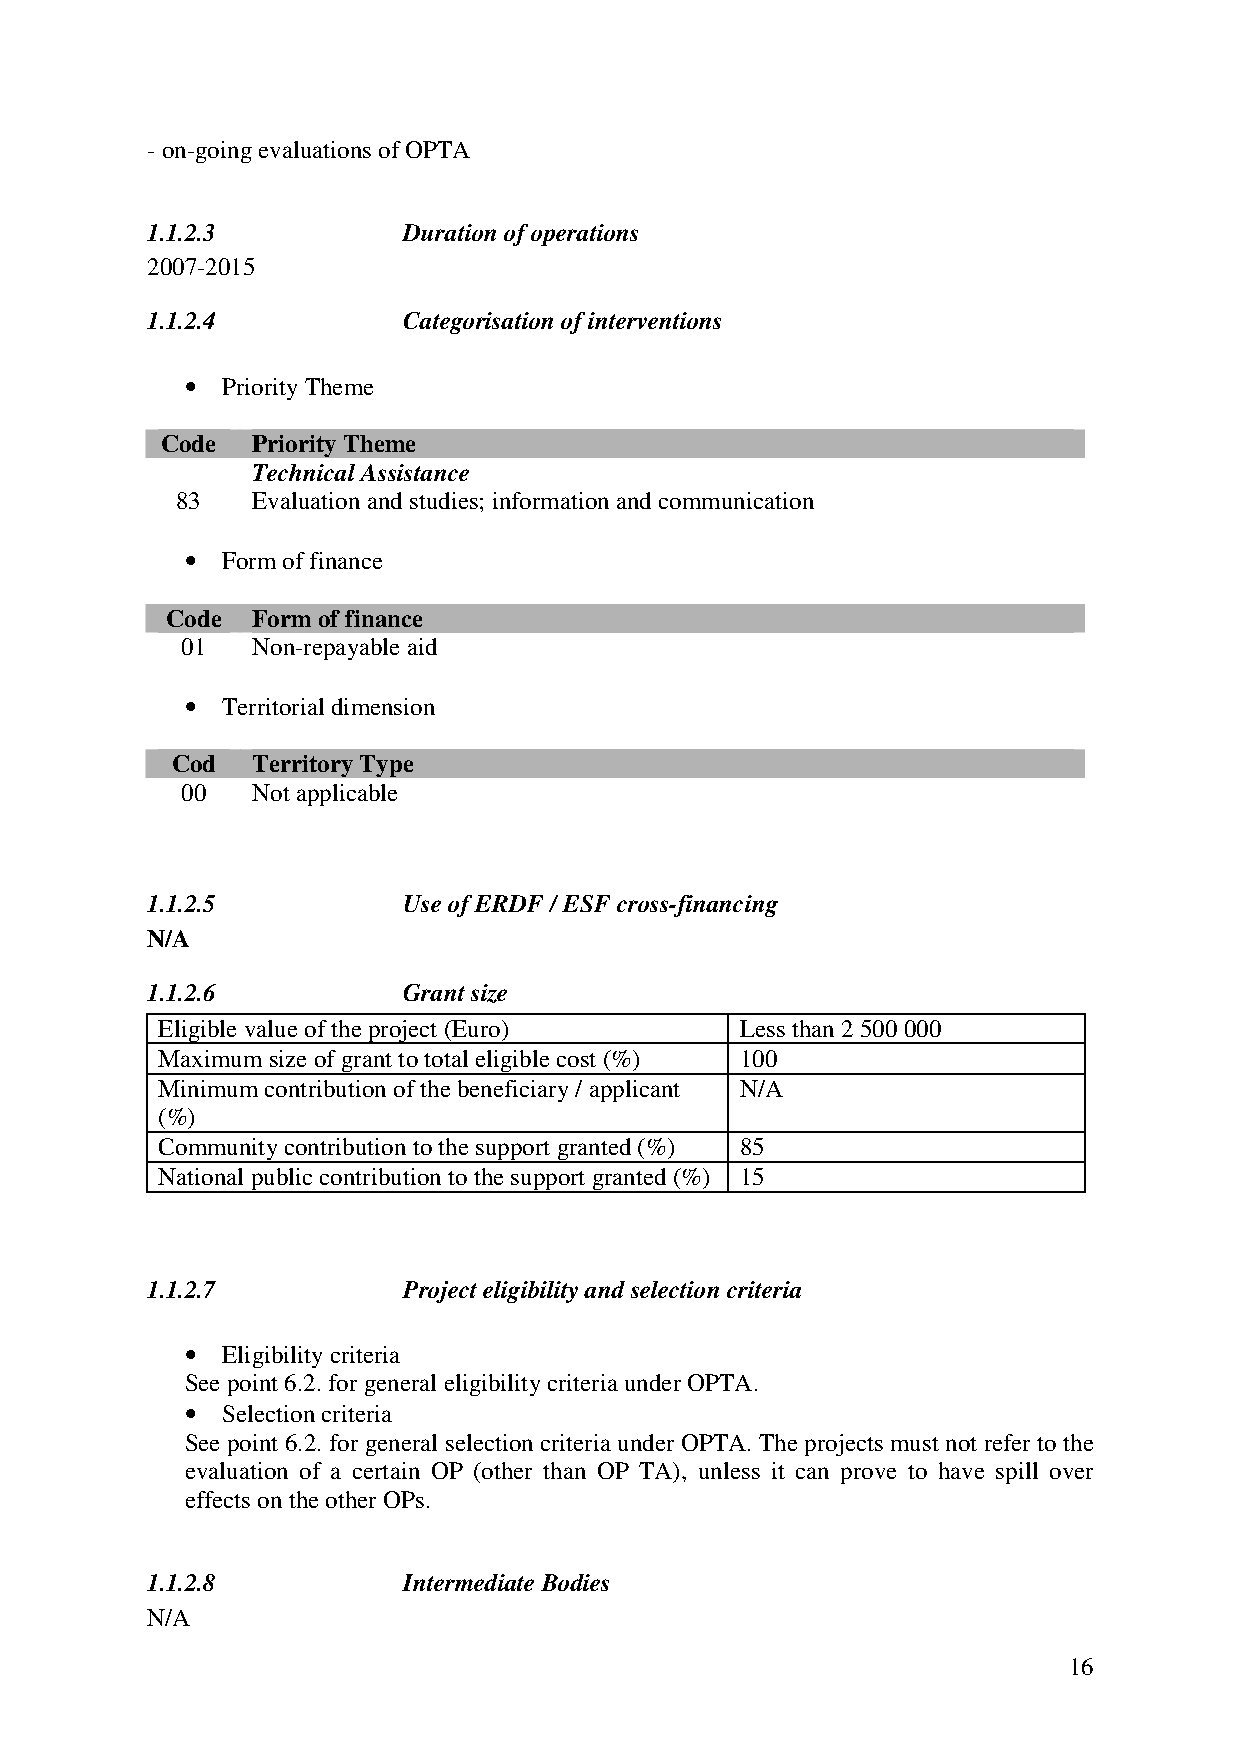
- on-going evaluations of OPTA
 1.1.2.3          Duration of operations
 2007-2015
 1.1.2.4          Categorisation of interventions
 •  Priority Theme
 Code  Priority Theme
 Technical Assistance
 83   Evaluation and studies; information and communication
 •  Form of finance
 Code  Form of finance
 01   Non-repayable aid
 •  Territorial dimension
 Cod   Territory Type
 00   Not applicable
 1.1.2.5          Use of ERDF / ESF cross-financing
 N/A
 1.1.2.6          Grant size
 Eligible value of the project (Euro)   Less than 2 500 000
 Maximum size of grant to total eligible cost (%) 100
 Minimum contribution of the beneficiary / applicant N/A
 (%)
 Community contribution to the support granted (%) 85
 National public contribution to the support granted (%) 15
 1.1.2.7          Project eligibility and selection criteria
 •  Eligibility criteria
 See point 6.2. for general eligibility criteria under OPTA.
 •  Selection criteria
 See point 6.2. for general selection criteria under OPTA. The projects must not refer to the
 evaluation of a certain OP (other than OP TA), unless it can prove to have spill over
 effects on the other OPs.
 1.1.2.8          Intermediate Bodies
 N/A
 16